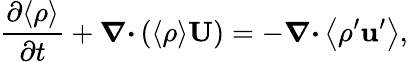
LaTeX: \frac{\partial\langle{\rho}\rangle}{\partial t}+{\boldsymbol{\nabla}}{\boldsymbol{\cdot}}\left({\langle{\rho}\rangle{\mathbf{U}}}\right)=-{\boldsymbol{\nabla}}{\boldsymbol{\cdot}}\left\langle{\rho^{\prime}{\mathbf{u}}^{\prime}}\right\rangle,